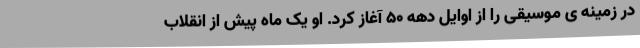
در زمینه ی موسیقی را از اوایل دهه ۵۰ آغاز کرد. او یک ماه پیش از انقلاب